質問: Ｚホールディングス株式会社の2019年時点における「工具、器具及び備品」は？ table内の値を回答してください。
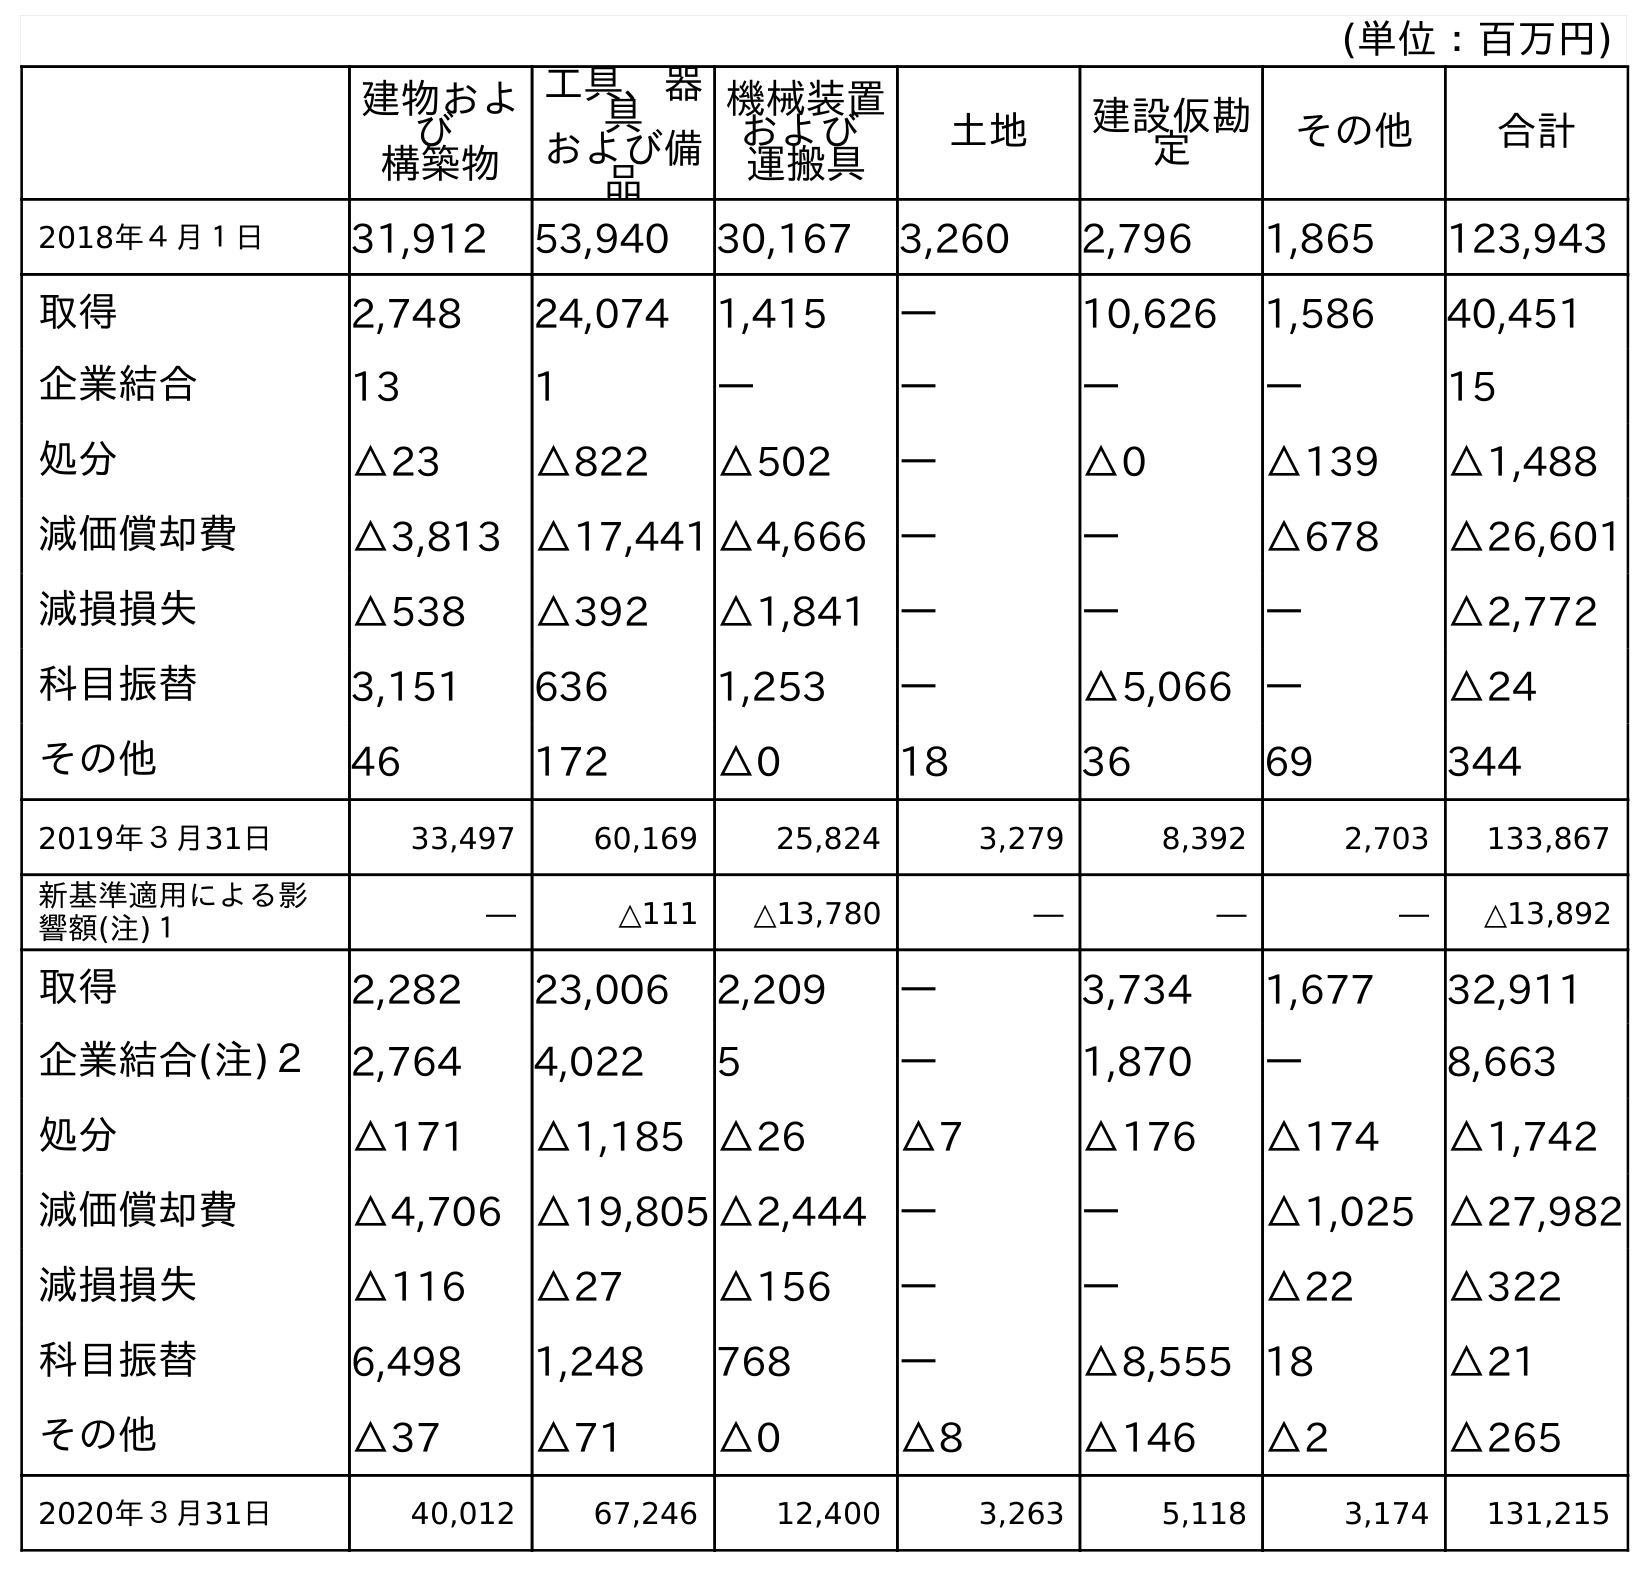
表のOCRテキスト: (単位：百万円) 建物およ び 構築物 工具、器 具 および備 品 機械装置 および 運搬具 土地 建設仮勘 定 その他 合計 2018年４月１日 31,912 53,940 30,167 3,260 2,796 1,865 123,943 取得 2,748 24,074 1,415 ― 10,626 1,586 40,451 企業結合 13 1 ― ― ― ― 15 処分 △23 △822 △502 ― △0 △139 △1,488 減価償却費 △3,813 △17,441 △4,666 ― ― △678 △26,601 減損損失 △538 △392 △1,841 ― ― ― △2,772 科目振替 3,151 636 1,253 ― △5,066 ― △24 その他 46 172 △0 18 36 69 344 2019年３月31日 33,497 60,169 25,824 3,279 8,392 2,703 133,867 新基準適用による影 響額(注)１ ― △111 △13,780 ― ― ― △13,892 取得 2,282 23,006 2,209 ― 3,734 1,677 32,911 企業結合(注)２ 2,764 4,022 5 ― 1,870 ― 8,663 処分 △171 △1,185 △26 △7 △176 △174 △1,742 減価償却費 △4,706 △19,805 △2,444 ― ― △1,025 △27,982 減損損失 △116 △27 △156 ― ― △22 △322 科目振替 6,498 1,248 768 ― △8,555 18 △21 その他 △37 △71 △0 △8 △146 △2 △265 2020年３月31日 40,012 67,246 12,400 3,263 5,118 3,174 131,215
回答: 60,169